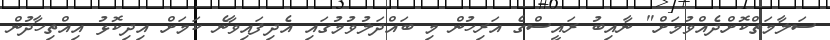
ސަލާމަތްކޮށްދެއްވުމަށް" ނާއިބު ރައީސްގެ އަރިހުން މި ބައްދަލުވުމުގައި އެދިފައިވާނެ ކަމަށް އިދިކޮޅު އިއްތިހާދުން